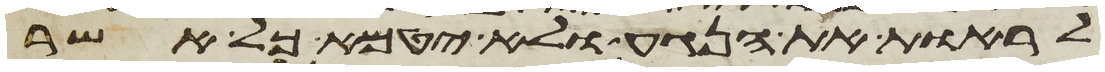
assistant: לראות את הנגע ולא יטמא כל אשר